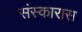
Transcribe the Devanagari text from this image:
संस्कारास